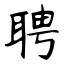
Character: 聘